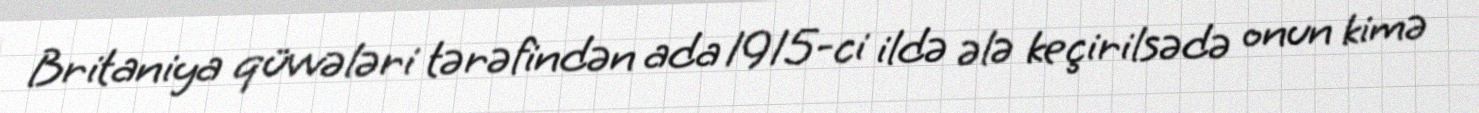
Britaniya qüvvələri tərəfindən ada 1915-ci ildə ələ keçirilsədə onun kimə